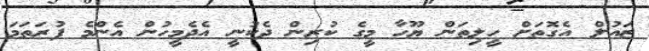
ޒައުލް އެގޮތަށް ހީލިތަން ޔޫހާ މީގެ ކުރިން ދެކުނީ އެދެމީހުން އެންމެ ފުރަތަމަ